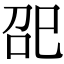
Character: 巶